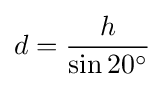
d={\frac {h}{\sin 20^{\circ }}}